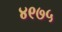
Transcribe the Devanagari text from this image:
४९७५